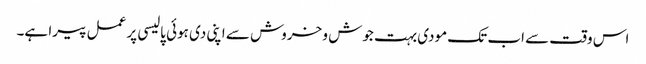
اس وقت سے اب تک مودی بہت جوش و خروش سے اپنی دی ہوئی پالیسی پر عمل پیرا ہے۔